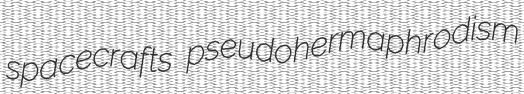
spacecrafts pseudohermaphrodism